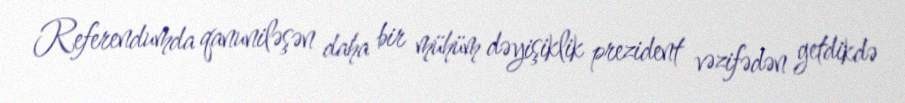
Referendumda qanuniləşən daha bir mühüm dəyişiklik prezident vəzifədən getdikdə